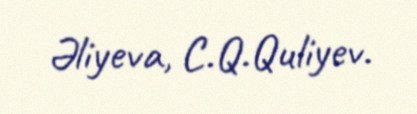
Əliyeva, C.Q.Quliyev.